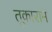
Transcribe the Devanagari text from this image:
तूकाराम